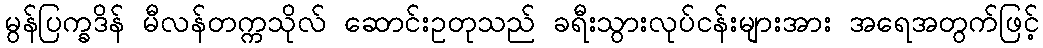
မွန်ပြက္ခဒိန် မီလန်တက္ကသိုလ် ဆောင်းဥတုသည် ခရီးသွားလုပ်ငန်းများအား အရေအတွက်ဖြင့်